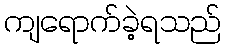
ကျရောက်ခဲ့ရသည်